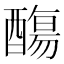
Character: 𨢩